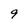
Character: 9